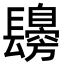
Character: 𨲾